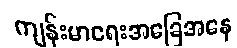
ကျန်းမာရေးအခြေအနေ